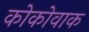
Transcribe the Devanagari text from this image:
कोकोवाक